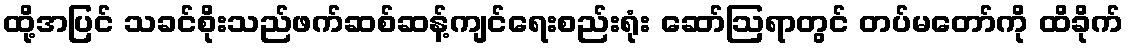
ထို့အပြင် သခင်စိုးသည်ဖက်ဆစ်ဆန့်ကျင်ရေးစည်းရုံး ဆော်ဩရာတွင် တပ်မတော်ကို ထိခိုက်